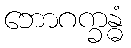
ဘောဂက္ခန္ဓံ